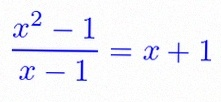
\frac{x^2-1}{x-1}=x+1